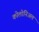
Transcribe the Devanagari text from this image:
कोलोनिअल